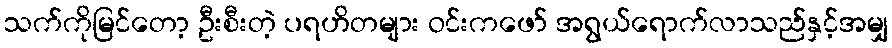
သက်ကိုမြင်တော့ ဦးစီးတဲ့ ပရဟိတများ ဝင်းကဖော် အရွယ်ရောက်လာသည်နှင့်အမျှ